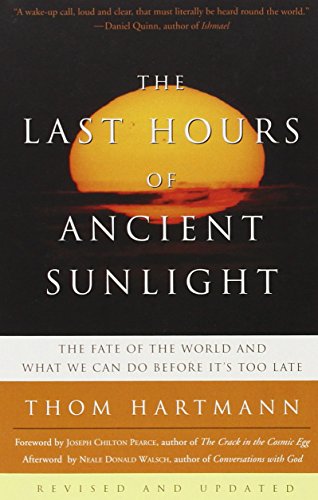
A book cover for The Last Hours of Ancient Sunlight: Revised and Updated: The Fate of the World and What We Can Do Before It's Too Late; Thom Hartmann; Politics & Social Sciences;